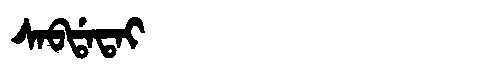
Manchu: ᠰᠠᠪᡩᠠᡨᠠᡳ
Romanization: SABDATAI